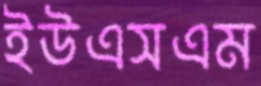
ইউএসএম